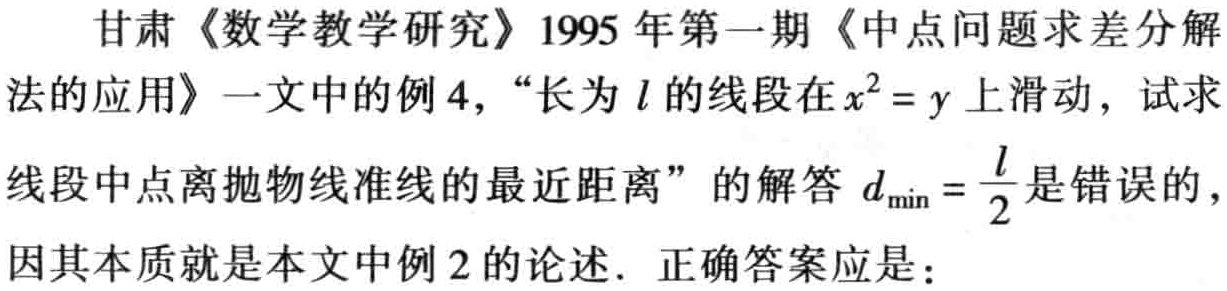
甘肃《数学教学研究》1995 年第一期《中点问题求差分解法的应用》一文中的例 4，“长为 \(l\) 的线段在 \(x^{2}=y\) 上滑动，试求线段中点离抛物线准线的最近距离” 的解答 \(d_{\min}=\frac{l}{2}\) 是错误的，因其本质就是本文中例 2 的论述．正确答案应是：